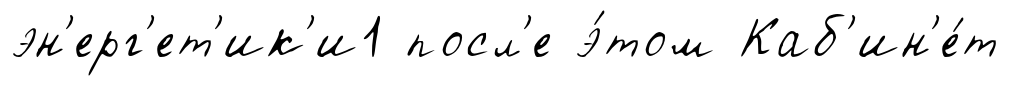
эн'ерг'ет'ик'и1 посл'е э́том Каб'ин'е́т